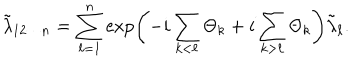
\tilde { \lambda } _ { 1 2 \cdots n } = \sum _ { \ell = 1 } ^ { n } \exp \left( - i \sum _ { k < \ell } \Theta _ { k } + i \sum _ { k > \ell } \Theta _ { k } \right) \tilde { \lambda } _ { \ell } .